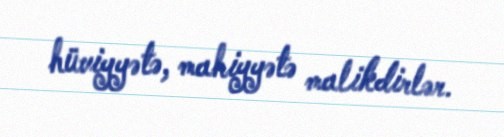
hüviyyətə, mahiyyətə malikdirlər.